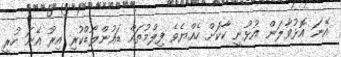
އޭނަ އޮޅުވާލަން އުޅުނީ ކާކަށް ހެއްޔެވެ ފިލްމުތައް ޑައުންލޯޑްކުރި އިރު އޭނަ ހުރީ